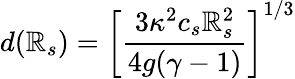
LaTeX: d({\cal\mathbb{R}}_{s})=\left[\frac{{3\kappa^{2}c_{s}{\cal\mathbb{R}}_{s}^{2}}}{{4g(\gamma-1)}}\right]^{1/3}